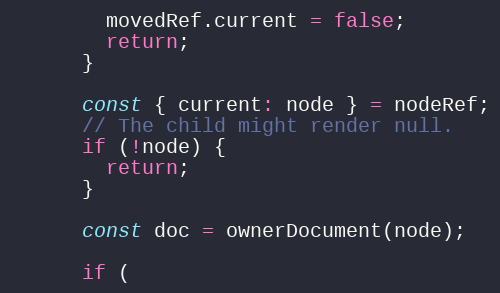
Language: JavaScript
        movedRef.current = false;
        return;
      }

      const { current: node } = nodeRef;
      // The child might render null.
      if (!node) {
        return;
      }

      const doc = ownerDocument(node);

      if (